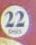
22